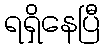
ရရှိနေပြီ